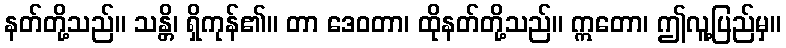
နတ်တို့သည်။ သန္တိ၊ ရှိကုန်၏။ တာ ဒေဝတာ၊ ထိုနတ်တို့သည်။ ဣတော၊ ဤလူ့ပြည်မှ။